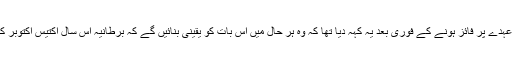
بورس جانسن نے برطانوی وزیر اعظم کے عہدے پر فائز ہونے کے فوری بعد یہ کہہ دیا تھا کہ وہ ہر حال میں اس بات کو یقینی بنائیں گے کہ برطانیہ اس سال اکتیس اکتوبر کی ڈیڈ لائن تک یورپی یونین سے نکل جائے۔